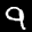
Label: 9